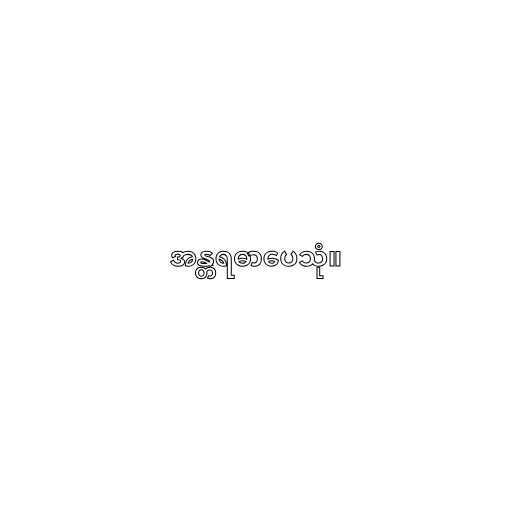
အန္တရဓာပေသုံ။